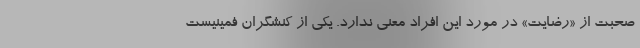
صحبت از «رضایت» در مورد این افراد معنی ندارد. یکی از کنشگران فمینیست